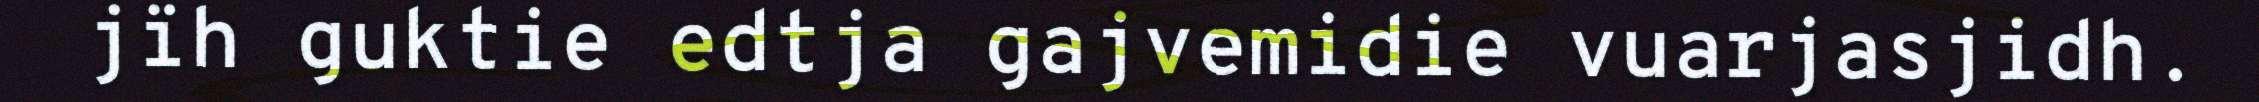
jïh guktie edtja gajvemidie vuarjasjidh.